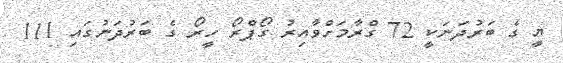
ޔީ ގެ ބަރުދަނަކީ 72 ގްރާމަށްވާއިރު ގޯޕްރޯ ހީރޯ ގެ ބަރުދަނުގައި 111